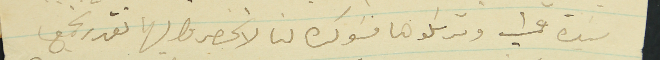
سيدة عمشيت وترسلوها مسَوكره لنا لا تنحصروا بها نقدر نجمع